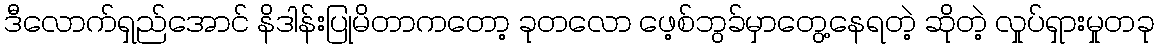
ဒီလောက်ရှည်အောင် နိဒါန်းပြုမိတာကတော့ ခုတလော ဖေ့စ်ဘွခ်မှာတွေ့နေရတဲ့ ဆိုတဲ့ လှုပ်ရှားမှုတခု